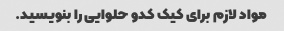
مواد لازم برای کیک کدو حلوایی را بنویسید.